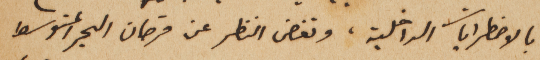
بالاضطرابات الداخلية، وتغض النظر عن قرصان البحر المتوسط